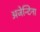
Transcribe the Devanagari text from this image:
अजेन्टिना